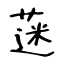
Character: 蒾